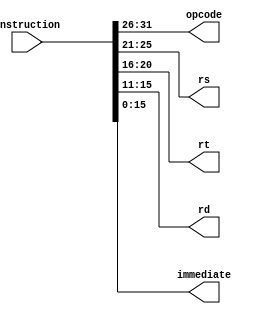
module ID_Stage(
    input [31:0] instruction,
    output reg [5:0] opcode,
    output reg [4:0] rs, rt, rd,
    output reg [15:0] immediate
);
    always @(*) begin
        opcode = instruction[31:26];
        rs = instruction[25:21];
        rt = instruction[20:16];
        rd = instruction[15:11];
        immediate = instruction[15:0];
    end
endmodule